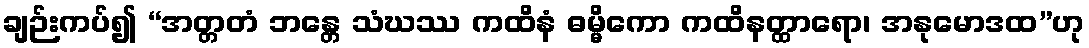
ချဉ်းကပ်၍ “အတ္တတံ ဘန္တေ သံဃဿ ကထိနံ ဓမ္မိကော ကထိနတ္ထာရော၊ အနုမောဒထ”ဟု